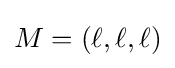
M=(\ell ,\ell ,\ell )